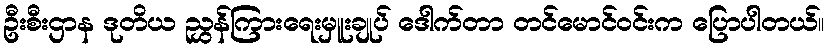
ဦးစီးဌာန ဒုတိယ ညွှန်ကြားရေးမှူးချုပ် ဒေါက်တာ တင်မောင်ဝင်းက ပြောပါတယ်။